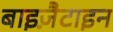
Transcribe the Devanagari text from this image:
बाइज़ैटाइन